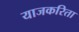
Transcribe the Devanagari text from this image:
याजकरिता